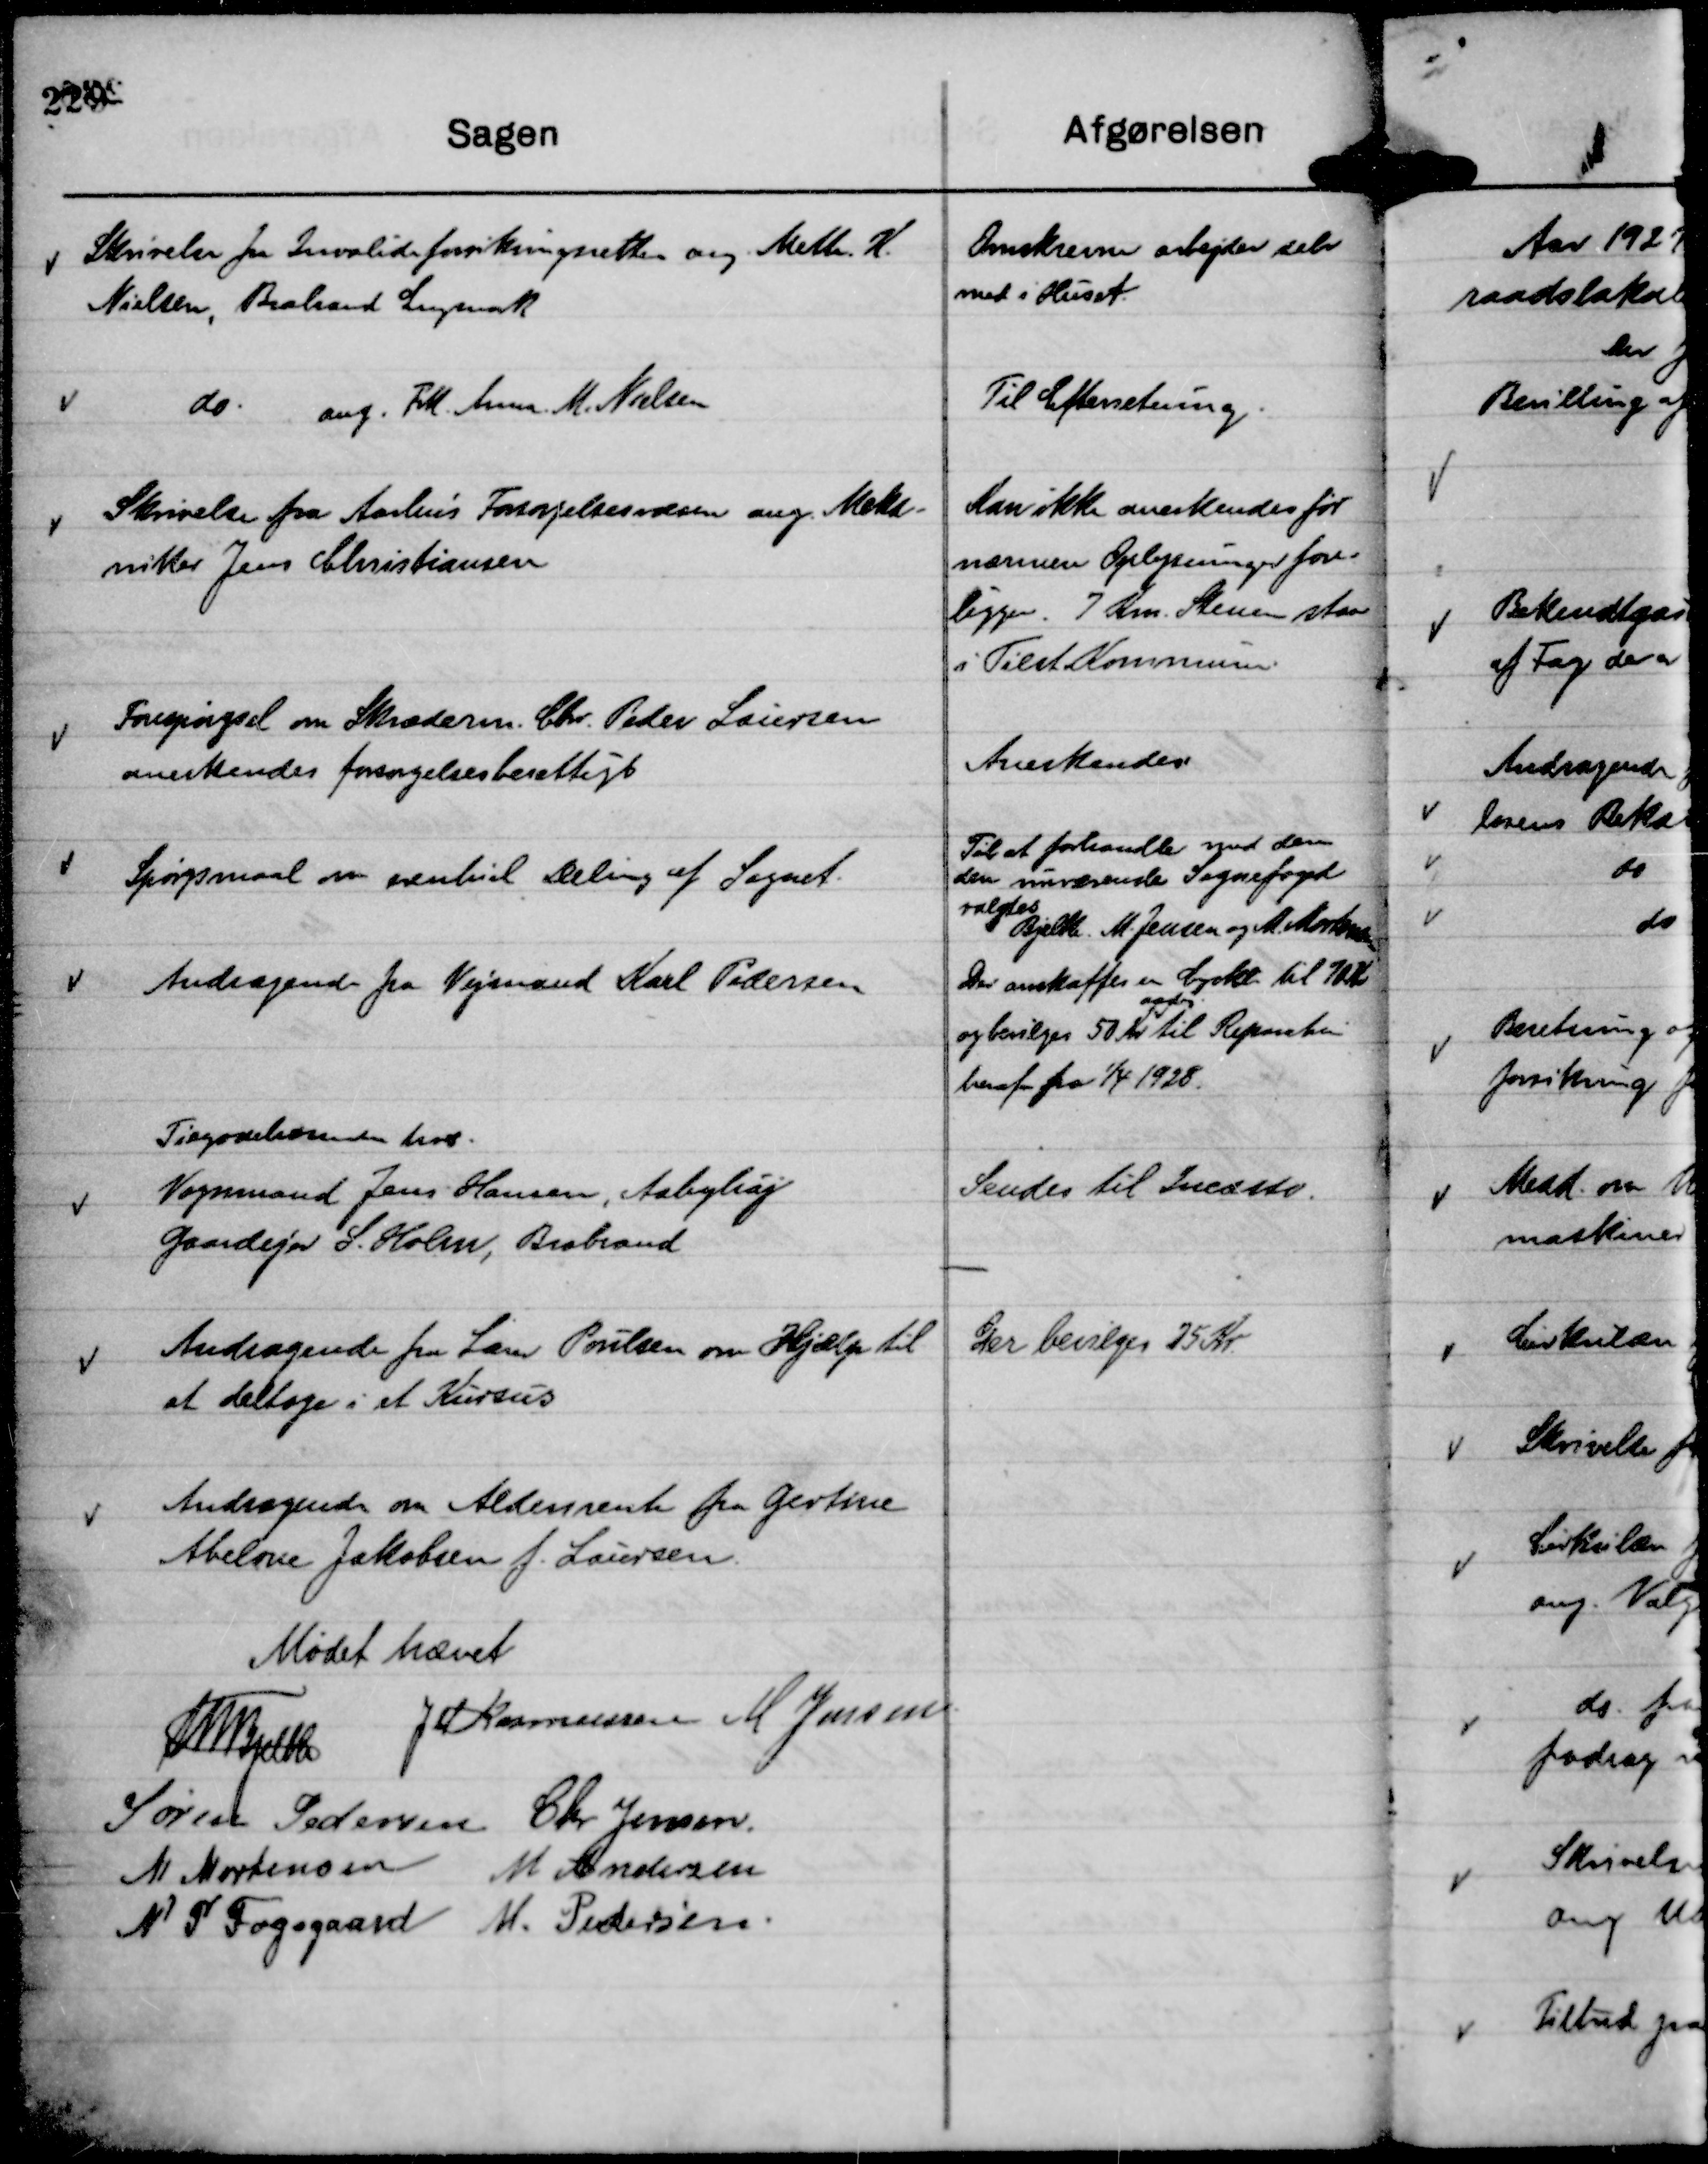
Transskription:
Skrivelse fra Invalideforsikringsretten ang Mette K.
Nielsen, Brabrand Engmark

Omskrevne arbejder selv
med i Huset.

do. ang. Frk. Anna M. Nielsen

Til Efterretning.

Skrivelse fra Aarhus Forsørgelsesvæsen ang. Meka-
nikker Jens Christiansen

Kan ikke anerkendes før
nærmere Oplysninger fore-
ligger. 7 Km. Stenen staar
i Tilst Kommune.

Forespørgsel om Skræderm. Chr. Peder Laursen
anerkendes forsørgelsesberettigt

Anerkendes

Spørgsmaal om Eventuel Deling af Sognet.

Til at forhandle med denne
den nuværende Sognefoged
valgtes
Bjelke. M. Jensen og M. Mortensen

Andragende fra Vejmand Karl Pedersen

Der anskaffes en Cyckl til 70 Kr
og bevilges 50 kr
aarlig
til Reparation
heraf fra

1/4 1928.

Tilgodehavende hos.
Vognmand Jens Hansen, Aabyhøj
Gaardejer S. Holm, Brabrand

Sendes til Incasso.

Andragende fra Lærer Poulsen om Hjælp til
at deltage i et Kursus

Der bevilges 25 Kr.

Andragende om Aldersrente fra Gertine
Abelone Jakobsen f. Laursen

Mødet hævet
Th Bjelke
J M Rasmussen
M Jensen.
Søren Pedersen
Chr Jensen.
M Mortensen
M Andersen
N P Fogsgaard
M. Pedersen.